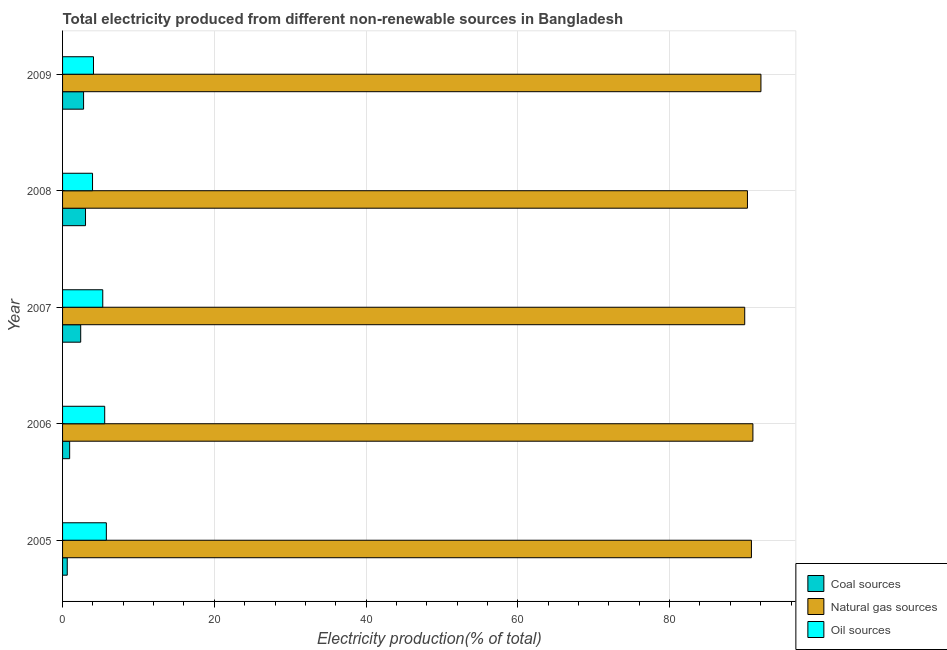
| Year | Coal sources | Natural gas sources | Oil sources |
 | --- | --- | --- | --- |
 | 2005 | 0.616 | 90.8 | 5.77 |
 | 2006 | 0.934 | 91 | 5.55 |
 | 2007 | 2.39 | 89.9 | 5.3 |
 | 2008 | 3.02 | 90.3 | 3.95 |
 | 2009 | 2.77 | 92 | 4.08 |